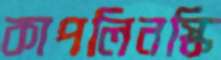
কাপলিনস্কি